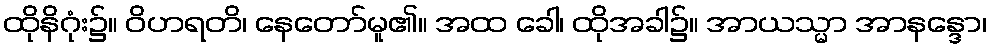
ထိုနိဂုံး၌။ ဝိဟရတိ၊ နေတော်မူ၏။ အထ ခေါ၊ ထိုအခါ၌။ အာယသ္မာ အာနန္ဒော၊